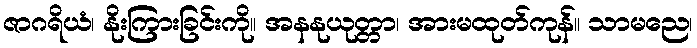
ဇာဂရိယံ၊ နိုးကြားခြင်းကို။ အနနုယုတ္တာ၊ အားမထုတ်ကုန်။ သာမညေ၊